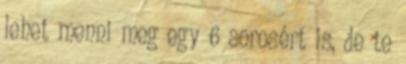
lehet menni meg egy 6 sorosért is, de te